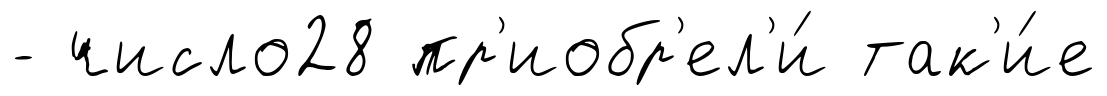
- число28 пр'иобр'ел'и́ так'и́е